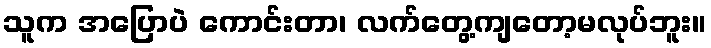
သူက အပြောပဲ ကောင်းတာ၊ လက်တွေ့ကျတော့မလုပ်ဘူး။